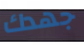
جهدك